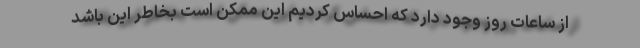
از ساعات روز وجود دارد که احساس کردیم این ممکن است بخاطر این باشد